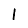
Digit: 1